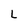
Character: L